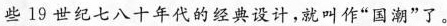
些19世纪七八十年代的经典设计，就叫作”国潮”了。